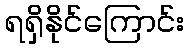
ရရှိနိုင်ကြောင်း